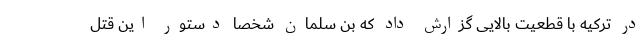
در ترکیه با قطعیت بالایی گزارش داد که بن سلمان شخصا دستور این قتل